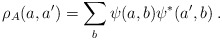
\begin{align*}\rho_A (a, a') = \sum_b \psi (a, b) \psi^* (a', b) \>.\end{align*}